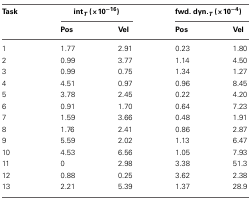
<table><thead><tr><td><b>Task</b></td><td colspan="2"><b>int<sub><i>T</i></sub> (×10<sup>−16</sup>)</b></td><td colspan="2"><b>fwd. dyn.<sub><i>T</i></sub> (×10<sup>−4</sup>)</b></td></tr><tr><td></td><td><b>Pos</b></td><td><b>Vel</b></td><td><b>Pos</b></td><td><b>Vel</b></td></tr></thead><tbody><tr><td>1</td><td>1.77</td><td>2.91</td><td>0.23</td><td>1.80</td></tr><tr><td>2</td><td>0.99</td><td>3.77</td><td>1.14</td><td>4.50</td></tr><tr><td>3</td><td>0.99</td><td>0.75</td><td>1.34</td><td>1.27</td></tr><tr><td>4</td><td>4.51</td><td>0.97</td><td>0.96</td><td>8.45</td></tr><tr><td>5</td><td>3.78</td><td>2.45</td><td>0.22</td><td>4.20</td></tr><tr><td>6</td><td>0.91</td><td>1.70</td><td>0.64</td><td>7.23</td></tr><tr><td>7</td><td>1.59</td><td>3.66</td><td>0.48</td><td>1.91</td></tr><tr><td>8</td><td>1.76</td><td>2.41</td><td>0.86</td><td>2.87</td></tr><tr><td>9</td><td>5.59</td><td>2.02</td><td>1.13</td><td>6.47</td></tr><tr><td>10</td><td>4.53</td><td>6.56</td><td>1.05</td><td>7.93</td></tr><tr><td>11</td><td>0</td><td>2.98</td><td>3.38</td><td>51.3</td></tr><tr><td>12</td><td>0.88</td><td>0.25</td><td>3.62</td><td>2.38</td></tr><tr><td>13</td><td>2.21</td><td>5.39</td><td>1.37</td><td>28.9</td></tr></tbody></table>